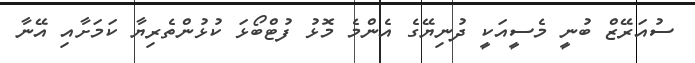
ސުއަރޭޒް ބުނީ މެސީއަކީ ދުނިޔޭގެ އެންމެ މޮޅު ފުޓްބޯޅަ ކުޅުންތެރިޔާ ކަމަށާއި އޭނާ